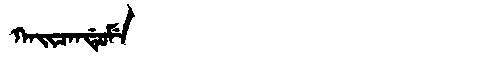
Manchu: ᡴᠠᡳᠴᠠᠨᡩᡠᠮᡝ
Romanization: KAICANDUME